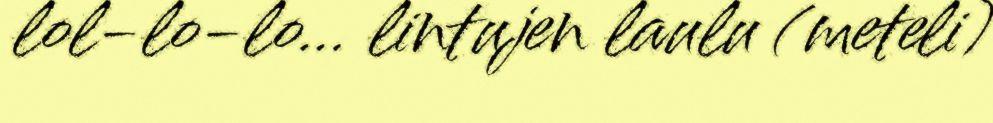
lol-lo-lo… lintujen laulu (meteli)